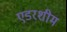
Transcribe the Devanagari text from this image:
एडरशीम